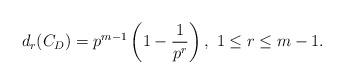
LaTeX: \begin{align*} d_r(C_D)=p^{m-1}\left(1-\frac{1}{p^r}\right), \ 1 \le r \le m-1.\end{align*}